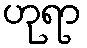
ဟုရာ